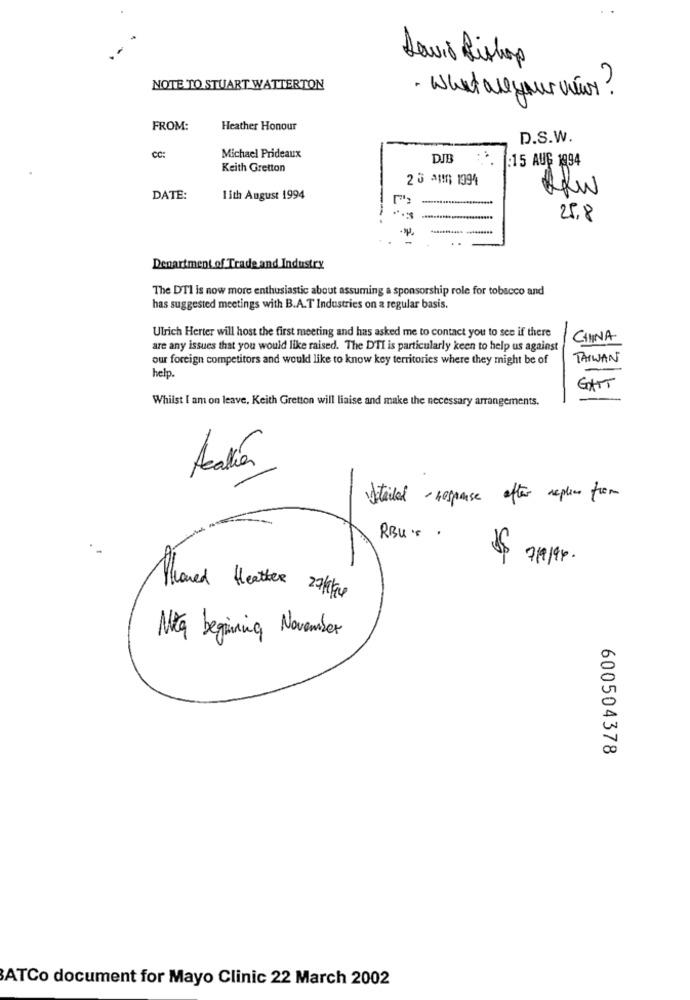
Davis Bishop
NOTE TO STUART WATTERTON
· what are your views ?
FROM:
Heather Honour
D.S.W.
CC:
Michael Prideaux
DJB
:15 AUG 1994
Keith Gretton
2 5 ^110 1994
DATE:
1 ith August 1994
25.8
Department of Trade and Industry
The DTI is now more enthusiastic about assuming a sponsorship role for tobacco and
has suggested meetings with B.A.T Industries on a regular basis.
Ulrich Herter will host the first meeting and has asked me to contact you to see if there
CHINA
are any issues that you would like raised. The D'TI is particularly keen to help us against
our foreign competitors and would like to know key territories where they might be of
TAIWAN
help.
GATT
Whilst I am on leave, Keith Gretton will liaise and make the necessary arrangements.
Acaría
vetilal- response after replies from
RBU. .
7/9/94.
Planed Heather 27 fre
Nta begining November
600504378
ATCo document for Mayo Clinic 22 March 2002